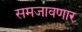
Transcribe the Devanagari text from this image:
समजावणार